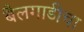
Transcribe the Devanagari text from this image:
बैलगाडीचा